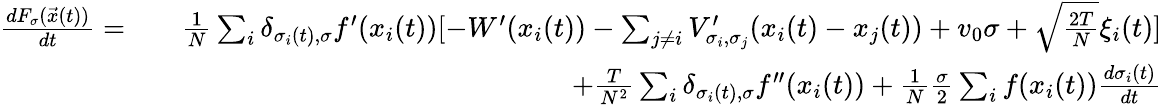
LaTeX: \begin{array}{rlr}{\frac{dF_{\sigma}(\vec{x}(t))}{dt}=}&{}&{\frac{1}{N}\sum_{i}\delta_{\sigma_{i}(t),\sigma}f^{\prime}(x_{i}(t))[-W^{\prime}(x_{i}(t))-\sum_{j\neq i}V_{\sigma_{i},\sigma_{j}}^{\prime}(x_{i}(t)-x_{j}(t))+v_{0}\sigma+\sqrt{\frac{2T}{N}}\xi_{i}(t)]}\\ &{}&{+\frac{T}{N^{2}}\sum_{i}\delta_{\sigma_{i}(t),\sigma}f^{\prime\prime}(x_{i}(t))+\frac{1}{N}\frac{\sigma}{2}\sum_{i}f(x_{i}(t))\frac{d\sigma_{i}(t)}{dt}}\end{array}